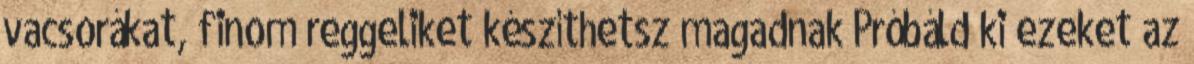
vacsorákat, finom reggeliket készíthetsz magadnak Próbáld ki ezeket az